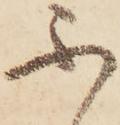
不